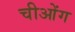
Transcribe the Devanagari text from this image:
चीओंग